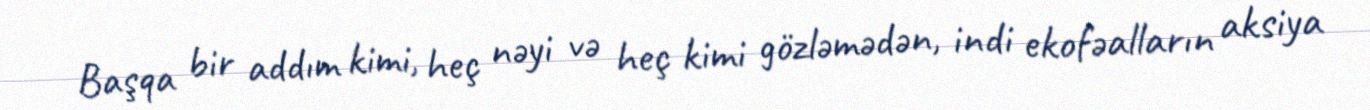
Başqa bir addım kimi, heç nəyi və heç kimi gözləmədən, indi ekofəalların aksiya